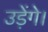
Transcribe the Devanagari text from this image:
उड़ेंगे।